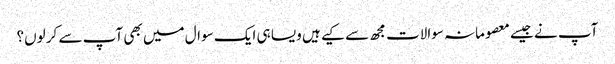
آپ نے جیسے معصومانہ سوالات مجھ سے کیے ہیں ویسا ہی ایک سوال میں بھی آپ سے کر لوں؟